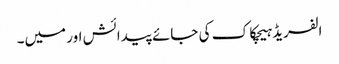
الفریڈ ہیچکاک کی جائے پیدائش اور میں۔